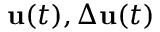
\mathbf { u } ( t ) , \Delta \mathbf { u } ( t )